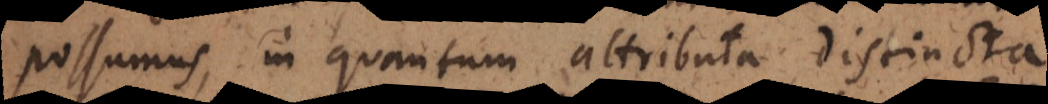
possumus, in quantum attributa distincta